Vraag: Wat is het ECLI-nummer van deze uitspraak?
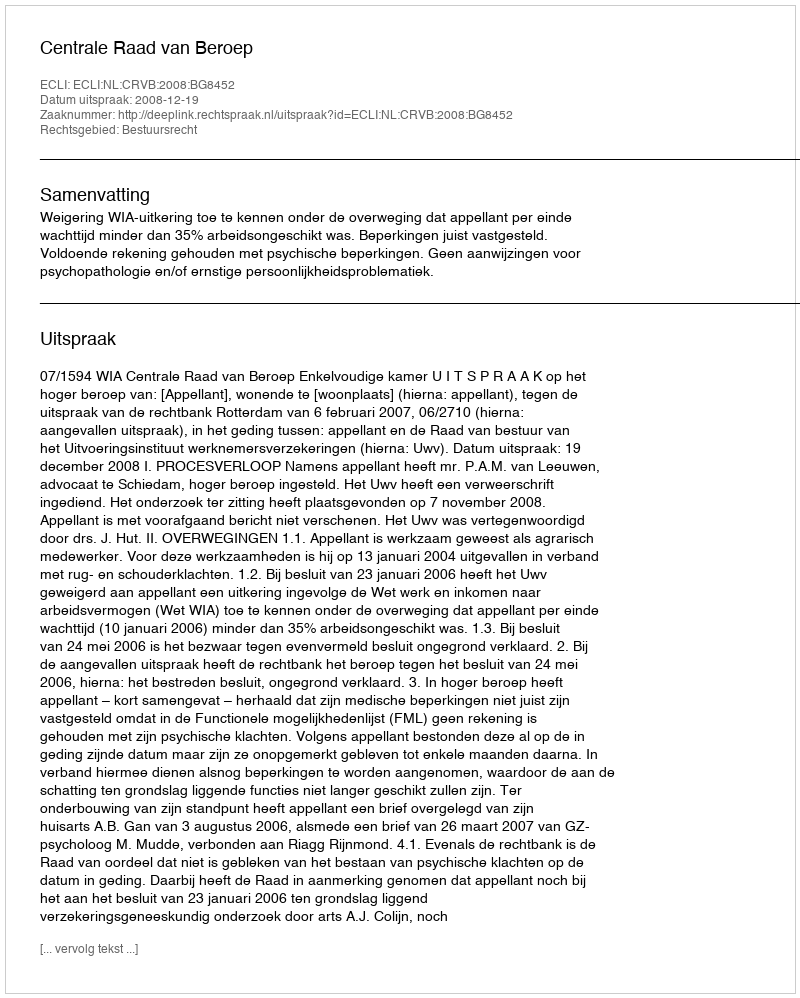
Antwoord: ECLI:NL:CRVB:2008:BG8452